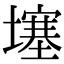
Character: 𡑮